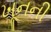
ખૂનની